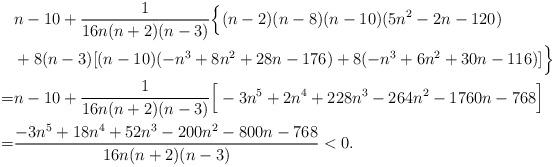
LaTeX: \begin{align*}& n-10+\frac{1}{16n(n+2)(n-3)}\Big\{(n-2)(n-8)(n-10)(5n^2-2n-120) \\& +8(n-3)[(n-10)(-n^3+8n^2+28n-176)+8(-n^3+6n^2+30n-116)]\Big\} \\=& n-10+\frac{1}{16n(n+2)(n-3)}\Big[-3n^5+2n^4+228n^3-264n^2-1760n-768\Big]\\=&\frac{-3n^5+18n^4+52n^3-200n^2-800n-768}{16n(n+2)(n-3)}<0.\end{align*}